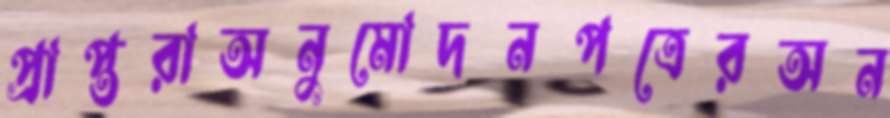
প্রাপ্তরাঅনুমোদনপত্রেরঅন